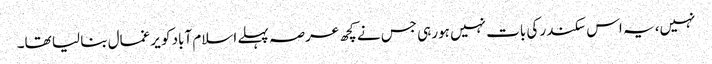
نہیں، یہ اس سکندر کی بات نہیں ہورہی جس نے کچھ عرصہ پہلے اسلام آباد کو یرغمال بنا لیا تھا۔